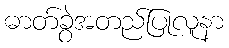
ဓာတ်ခွဲအတည်ပြုလူနာ